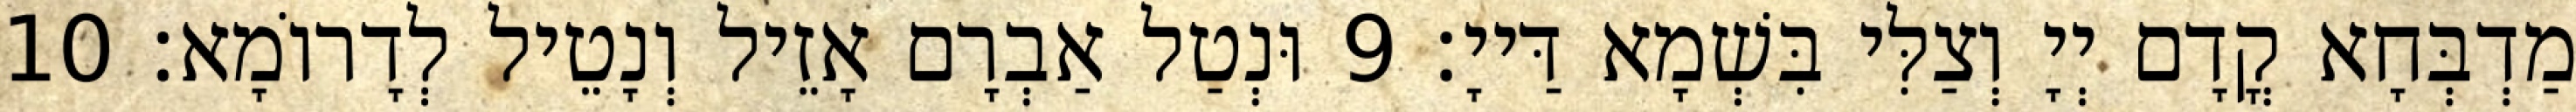
מַדְבְּחָא קֳדָם יְיָ וְצַלִּי בִּשְׁמָא דַּייָ׃ 9 וּנְטַל אַבְרָם אָזֵיל וְנָטֵיל לְדָרוֹמָא׃ 10